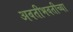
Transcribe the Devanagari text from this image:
अवतीभवतीच्या